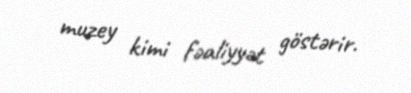
muzey kimi fəaliyyət göstərir.